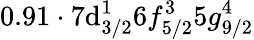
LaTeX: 0.91\cdot7\mathrm{d}_{3/2}^{1}6f_{5/2}^{3}5g_{9/2}^{4}